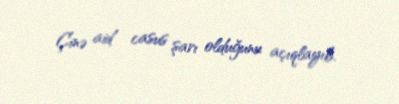
Çinə aid casus şarı olduğunu açıqlayıb.